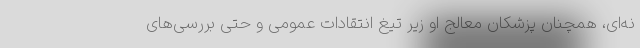
نه‌ای، همچنان پزشکان معالج او زیر تیغ انتقادات عمومی و حتی بررسی‌های